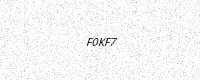
Text: F0KF7